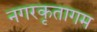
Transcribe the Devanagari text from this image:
नगरकृतागम